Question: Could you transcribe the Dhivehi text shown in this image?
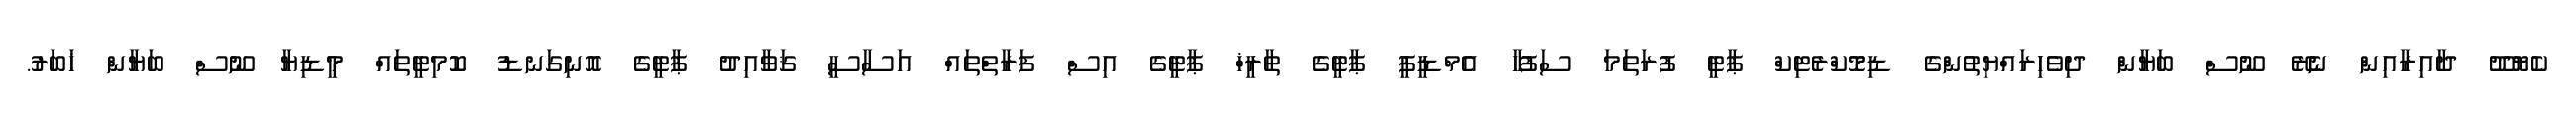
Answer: ކެޔޮދޫ ދާއިރާއިން ނެރޭ ނޫސް ބަޔާން ދިވެހިރައްޔިތުންގެ ޑިމޮކްރެޓިކް ޕާޓީ ފުރަތަމަ ސަފުހާ އެމްޑީޕީ ޕާޓީގެ ތާރީޚް ޕާޓީގެ އިސް ފަރާތްތައް އަސާސީ ޤަވާއިދު ޕާޓީގެ އޮނިގަނޑު ކޮމިޓީތައް މީޑިޔާ ނޫސް ބަޔާން ޚަބަރު.